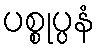
ပစ္စုပ္ပနံ